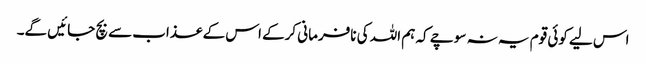
اس لیے کوئی قوم یہ نہ سوچے کہ ہم اللہ کی نافرمانی کرکے اس کے عذاب سے بچ جائیں گے۔